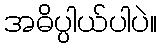
အဓိပ္ပါယ်ပါပဲ။